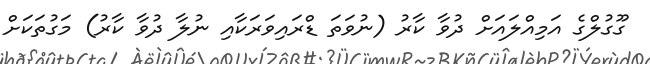
ގޫގުލްގެ އަމިއްލައަށް ދުވާ ކާރު (ނުވަތަ ޑްރައިވަރަކާއި ނުލާ ދުވާ ކާރު) މަގުތަކަށް